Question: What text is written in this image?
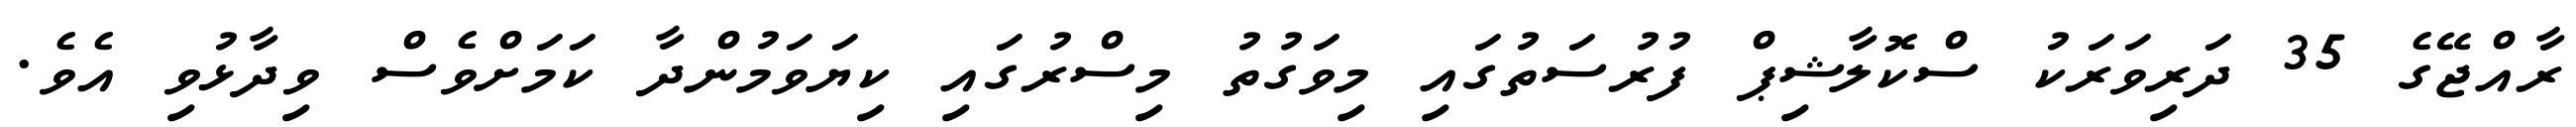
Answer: ރާއްޖޭގެ 35 ދަރިވަރަކު ސްކޮލާޝިޕް ފުރުސަތުގައި މިވަގުތު މިސްރުގައި ކިޔަވަމުންދާ ކަމަށްވެސް ވިދާޅުވި އެވެ.